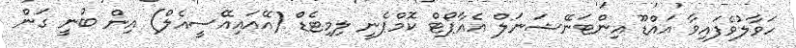
ހަވާލުވެފައިވާ އައްޑޫ އިންޓަނޭޝަނަލް އެއާޕޯޓް ކޮމްޕެނީ ލިމިޓެޑް (އޭއައިއޭސީއެލް) އިން ބުނީ ގަން